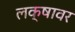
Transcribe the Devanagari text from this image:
लक्षावर